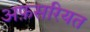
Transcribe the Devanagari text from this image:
अफ़सरियत